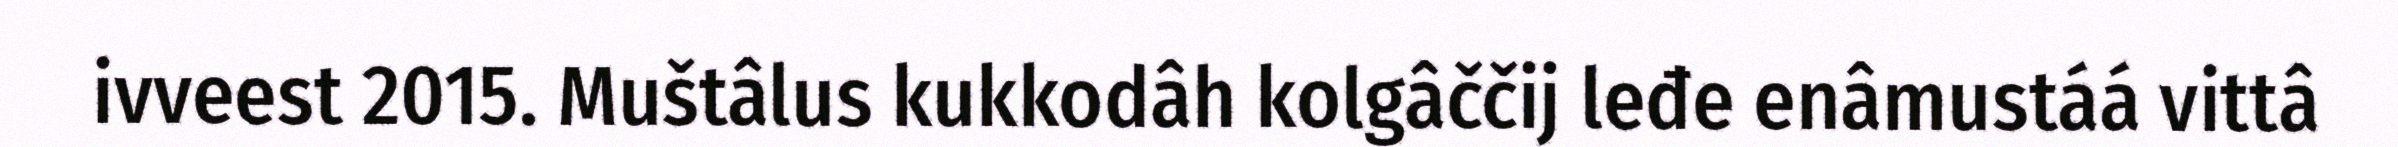
ivveest 2015. Muštâlus kukkodâh kolgâččij leđe enâmustáá vittâ